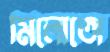
মিলোতো